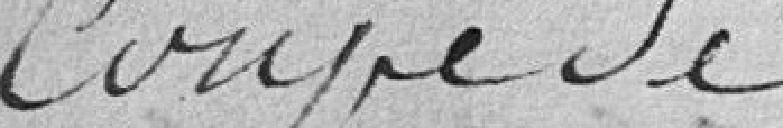
Coupe de